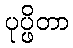
ပုပ္ဖိတာ